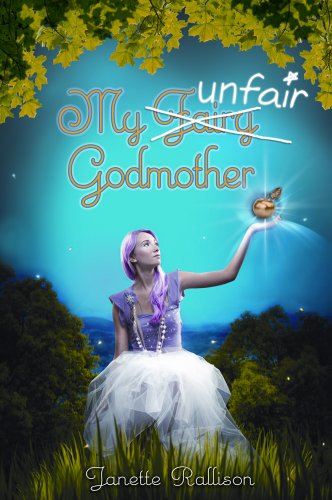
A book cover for My Unfair Godmother; Janette Rallison; Teen & Young Adult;